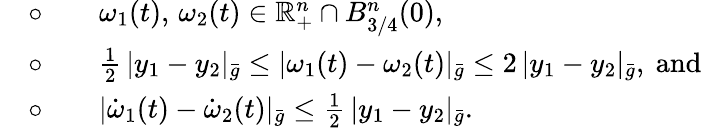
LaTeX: \begin{array}{rl}&{\circ\qquad\omega_{1}(t),\, \omega_{2}(t)\in\mathbb{R}_{+}^{n}\cap B_{3/4}^{n}(0),}\\ &{\circ\qquad\frac 12\, |y_{1}-y_{2}|_{\bar{g}}\leq|\omega_{1}(t)-\omega_{2}(t)|_{\bar{g}}\leq 2\, |y_{1}-y_{2}|_{\bar{g}},\mathrm{~and}}\\ &{\circ\qquad|\dot{\omega}_{1}(t)-\dot{\omega}_{2}(t)|_{\bar{g}}\leq\frac 12\, |y_{1}-y_{2}|_{\bar{g}}.}\end{array}